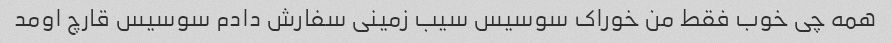
همه چی خوب فقط من خوراک سوسیس سیب زمینی سفارش دادم سوسیس قارچ اومد